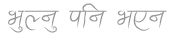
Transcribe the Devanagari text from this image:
भुल्नु पनि भएन